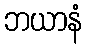
ဘယာနံ